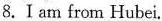
8.Ⅰam from \underline{Hubei}。